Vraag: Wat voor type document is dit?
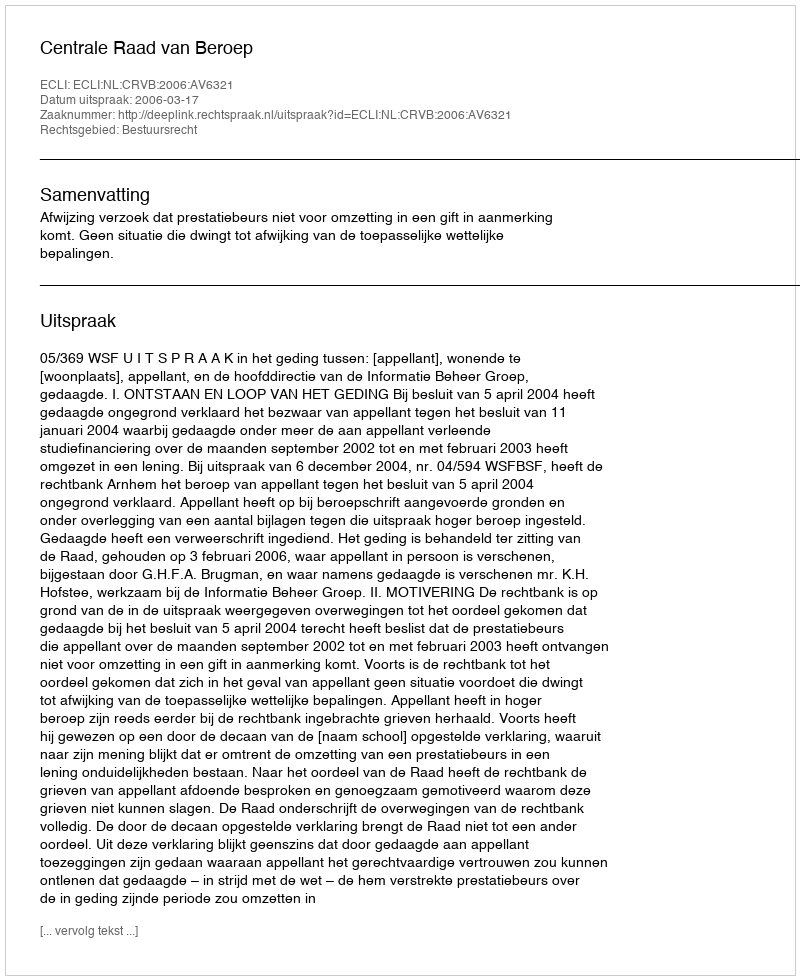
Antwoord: Uitspraak